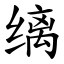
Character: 缡